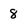
Character: 8